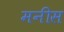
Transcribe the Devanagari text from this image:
मनीस